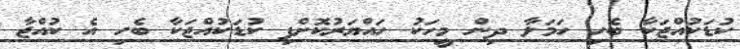
ކުޑަކުއްޖަކާ ބެހި ހަމަލާ ދިން މީހަކު ހައްޔަރުކޮށްފި ކުޑަކުއްޖަކާ ބެހި އެ ކުއްޖާ